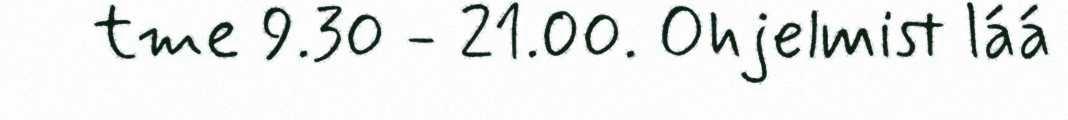
tme 9.30 - 21.00. Ohjelmist láá